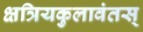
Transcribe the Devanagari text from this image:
क्षत्रियकुलावंतस्